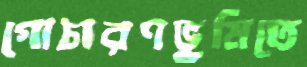
গোচারণভূমিতে